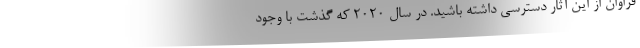
فراوان از این آثار دسترسی داشته باشید. در سال 2020 که گذشت با وجود